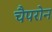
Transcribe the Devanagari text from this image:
चैपरोन